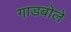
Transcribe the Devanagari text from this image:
गाडबोले